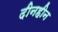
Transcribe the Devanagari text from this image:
दीनहीन